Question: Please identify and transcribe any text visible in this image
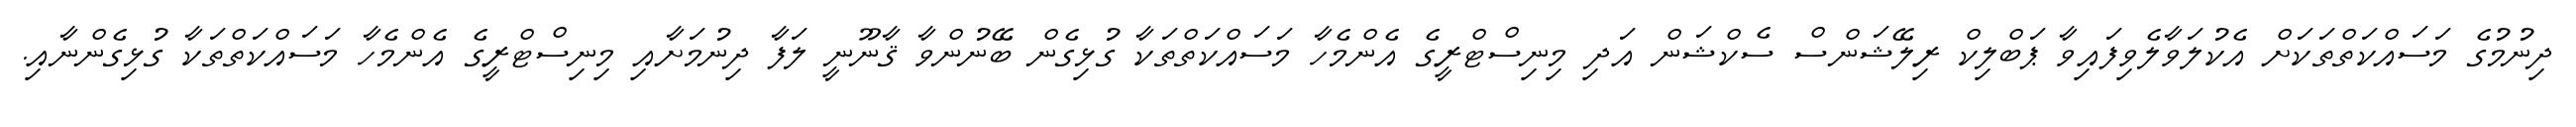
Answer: ދިނުމުގެ މަސައްކަތްތަކަށް އެކުލަވާލެވިފައިވާ ޕަބްލިކް ރިލޭޝަންސް ސެކްޝަން އަދި މިނިސްޓްރީގެ އެންމެހާ މަސައްކަތްތަކާ ގުޅިގެން ބޭނުންވާ ޤާނޫނީ ލަފާ ދިނުމަށާއި މިނިސްޓްރީގެ އެންމެހާ މަސައްކަތްތަކާ ގުޅިގެންނާއި.